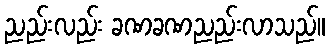
ညည်းလည်း ခဏခဏညည်းလာသည်။